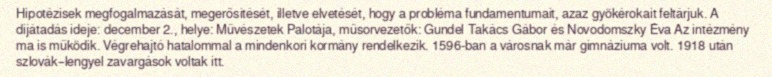
Hipotézisek megfogalmazását, megerősítését, illetve elvetését, hogy a probléma fundamentumait, azaz gyökérokait feltárjuk. A díjátadás ideje: december 2., helye: Művészetek Palotája, műsorvezetők: Gundel Takács Gábor és Novodomszky Éva Az intézmény ma is működik. Végrehajtó hatalommal a mindenkori kormány rendelkezik. 1596-ban a városnak már gimnáziuma volt. 1918 után szlovák–lengyel zavargások voltak itt.